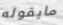
مايقوله